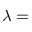
\lambda =